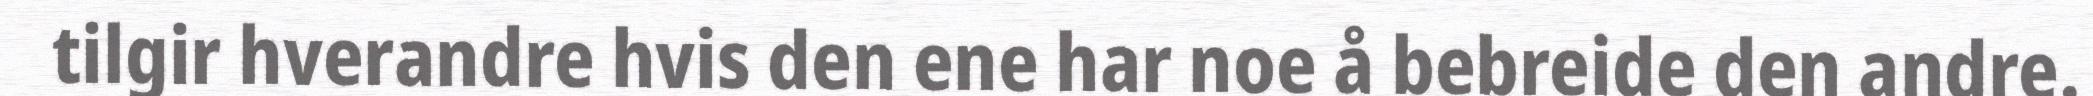
tilgir hverandre hvis den ene har noe å bebreide den andre.